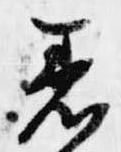
着